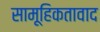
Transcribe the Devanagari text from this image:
सामूहिकतावाद